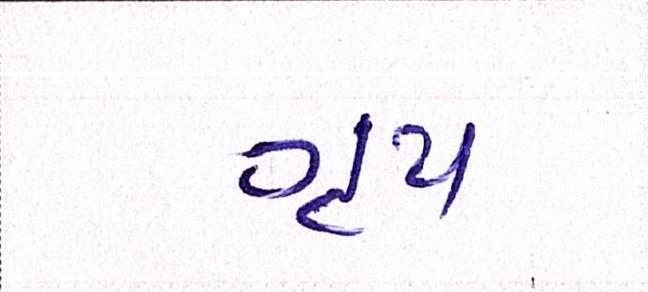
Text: ગૃપ